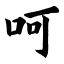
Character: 呵